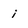
Character: i